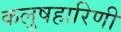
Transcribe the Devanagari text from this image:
कलुषहारिणी